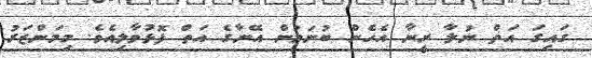
ގައިގަ އަތް ނުލާ ރީނާ އެހެން ބުނަމުން އޭނާގެ އަތް ފޮޅުވާލިއެވެ. މިމަންޒަރު